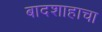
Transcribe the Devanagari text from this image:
बादशाहाचा